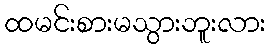
ထမင်းစားမသွားဘူးလား